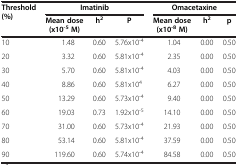
| Threshold (%) | <COLSPAN=3> Imatinib | <COLSPAN=3> Omacetaxine |
 |  | Mean dose (x10-5M) | h2 | P | Mean dose (x10-8M) | h2 | p |
 | --- | --- | --- | --- | --- | --- | --- |
 | 10 | 1.48 | 0.60 | 5.76x10-4 | 1.04 | 0.00 | 0.50 |
 | 20 | 3.32 | 0.60 | 5.81x10-4 | 2.35 | 0.00 | 0.50 |
 | 30 | 5.70 | 0.60 | 5.81x10-4 | 4.03 | 0.00 | 0.50 |
 | 40 | 8.86 | 0.60 | 5.81x104 | 6.27 | 0.00 | 0.50 |
 | 50 | 13.29 | 0.60 | 5.73x10-4 | 9.40 | 0.00 | 0.50 |
 | 60 | 19.03 | 0.73 | 1.92x10-5 | 14.10 | 0.00 | 0.50 |
 | 70 | 31.00 | 0.60 | 5.73x10-4 | 21.93 | 0.00 | 0.50 |
 | 80 | 53.14 | 0.60 | 5.81x10-4 | 37.59 | 0.00 | 0.50 |
 | 90 | 119.60 | 0.60 | 5.74x10-4 | 84.58 | 0.00 | 0.50 |